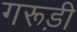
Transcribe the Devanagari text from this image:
गरूड़ी